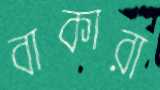
বাকারা